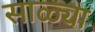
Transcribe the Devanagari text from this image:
साळ्या